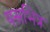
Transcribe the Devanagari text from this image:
यसभित्र